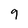
Character: 9